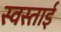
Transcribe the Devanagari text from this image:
स्वस्ताई